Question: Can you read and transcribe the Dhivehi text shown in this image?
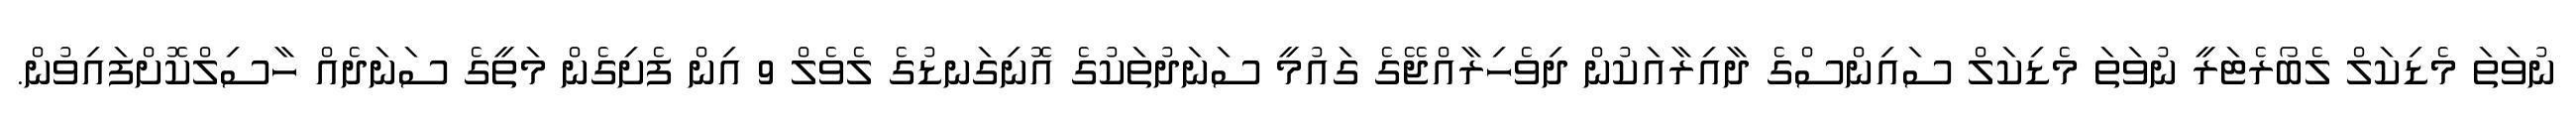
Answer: ނުވަތަ މެޑިކަލް ލެބޯރެޓަރީ ނުވަތަ މެޑިކަލް ސައިންސްގެ ދާއިރާއަކުން ދިވެހިރާއްޖޭގެ ގައުމީ ސަނަދުތަކުގެ އޮނިގަނޑުގެ ލެވެލް 9 އިން ފެށިގެން މަތީގެ ސަނަދެއް ހާސިލްކޮށްފައިވުން.